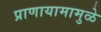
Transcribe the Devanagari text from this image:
प्राणायामामुळे